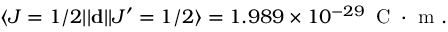
\langle J = 1 / 2 | | \mathbf { d } | | J ^ { \prime } = 1 / 2 \rangle = 1 . 9 8 9 \times 1 0 ^ { - 2 9 } \, \mathrm { ~ C ~ } \cdot \mathrm { ~ m ~ } .